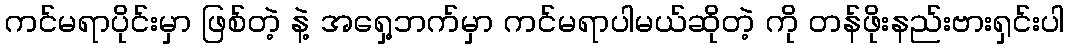
ကင်မရာပိုင်းမှာ ဖြစ်တဲ့ နဲ့ အရှေ့ဘက်မှာ ကင်မရာပါမယ်ဆိုတဲ့ ကို တန်ဖိုးနည်းဗားရှင်းပါ